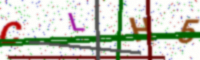
Text: CLH5